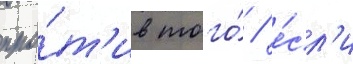
про́т'ив того́ / е́сл'и